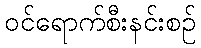
ဝင်ရောက်စီးနင်းစဉ်